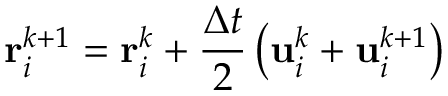
\mathbf { r } _ { i } ^ { k + 1 } = \mathbf { r } _ { i } ^ { k } + \frac { \Delta t } { 2 } \left( \mathbf { u } _ { i } ^ { k } + \mathbf { u } _ { i } ^ { k + 1 } \right)